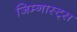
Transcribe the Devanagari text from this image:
जिम्नास्ट्स